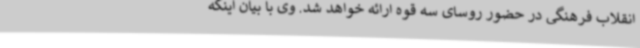
انقلاب فرهنگی در حضور روسای سه قوه ارائه خواهد شد. وی با بیان اینکه